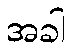
အခါ